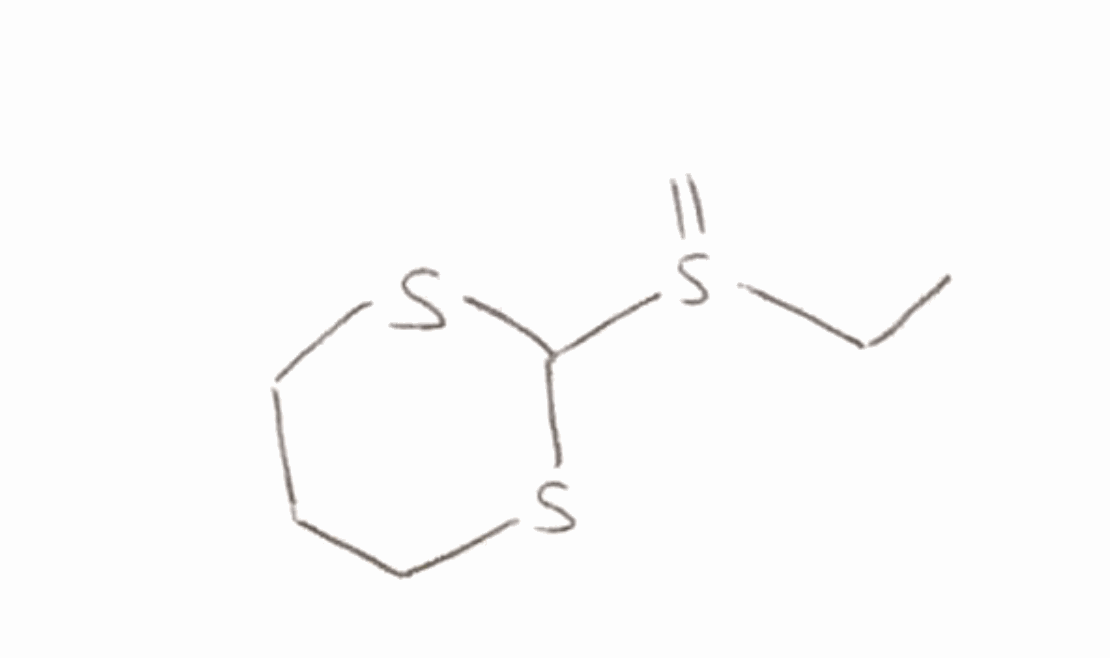
Simplified molecular-input line-entry system (SMILES) notation of the given molecule:
CCS(=C)C1SCCCS1